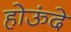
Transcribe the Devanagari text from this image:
होऊंदे